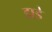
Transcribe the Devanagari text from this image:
डाडे